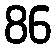
86